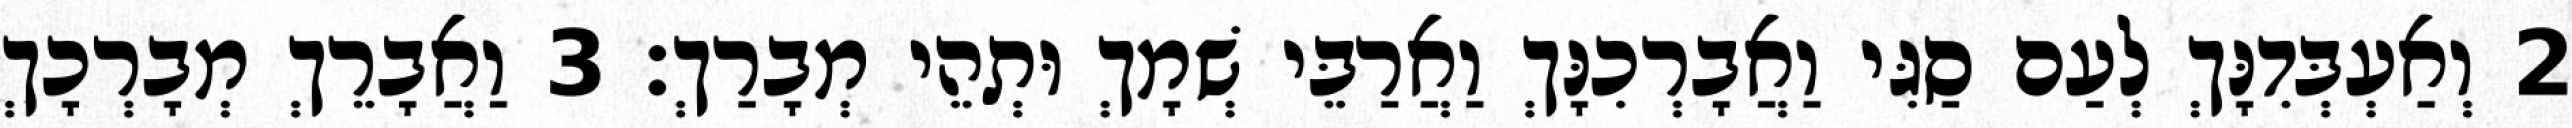
2 וְאַעְבְּדִנָּךְ לְעַם סַגִּי וַאֲבָרְכִנָּךְ וַאֲרַבֵּי שְׁמָךְ וּתְהֵי מְבָרַךְ׃ 3 וַאֲבָרֵךְ מְבָרְכָךְ